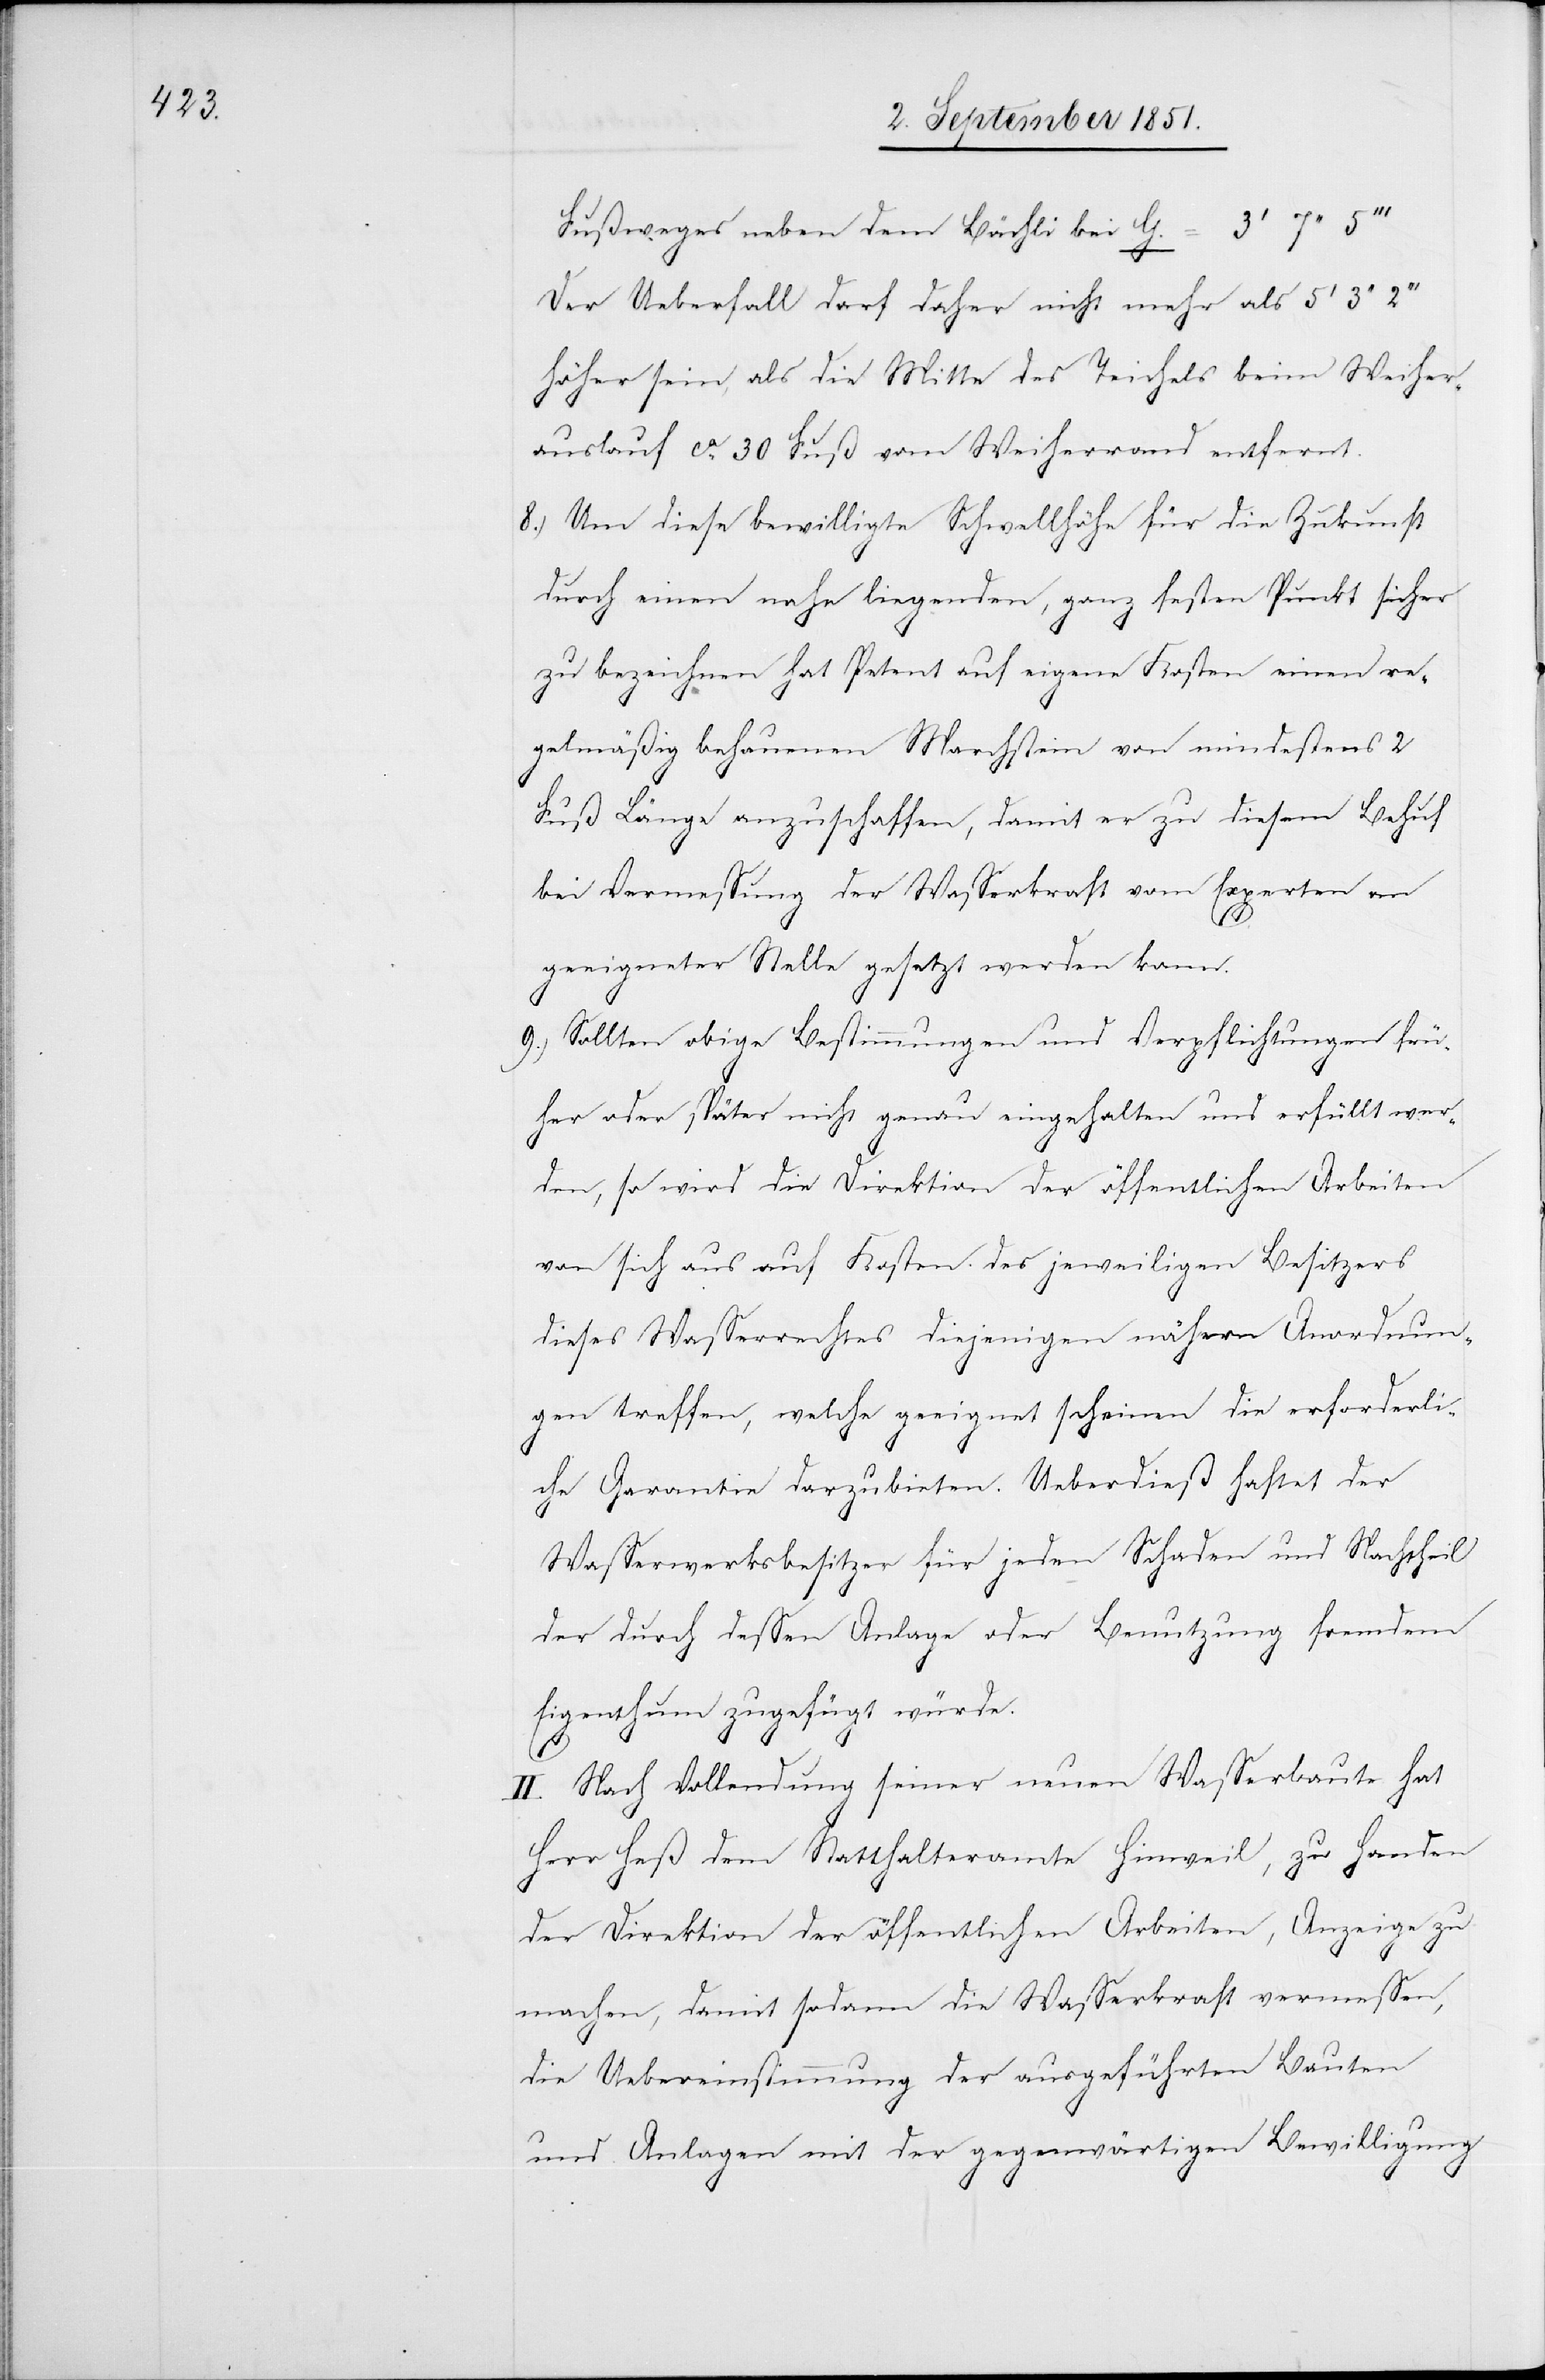
Fußweges neben dem Bächli bei G. =
Der Ueberfall darf daher nicht mehr als
höher sein, als die Mitte des Teichels beim Weiher¬
auslauf ca. 30 Fuß vom Weiherrand entfernt.
Um diese bewilligte Schwellhöhe für die Zukunft
durch einen nahe liegenden, ganz festen Punkt sicher
zu bezeichnen hat Petent auf eigene Kosten einen re¬
gelmäßig behauenen Marchstein von mindestens 2
Fuß Länge anzuschaffen, damit er zu diesem Behuf
bei Vermessung der Wasserkraft vom Experten an
geeigneter Stelle gesetzt werden kann.
Sollten obige Bestimmungen und Verpflichtungen frü¬
her oder später nicht genau eingehalten und erfüllt wer¬
den, so wird die Direktion der öffentlichen Arbeiten
von sich aus auf Kosten des jeweiligen Besitzers
dieses Wasserrechtes diejenigen nähern Anordnun¬
gen treffen, welche geeignet scheinen die erforderli¬
che Garantie darzubieten. Ueberdieß haftet der
Wasserwerksbesitzer für jeden Schaden und Nachtheil
der durch dessen Anlage oder Benutzung fremdem
Eigenthum zugefügt würde.
II. Nach Vollendung seiner neuen Wasserbaute hat
Herr Heß dem Statthalteramte Hinweil, zu Handen
der Direktion der öffentlichen Arbeiten, Anzeige zu
machen, damit sodann die Wasserkraft vermessen,
die Uebereinstimmung der ausgeführten Bauten
und Anlagen mit der gegenwärtigen Bewilligung